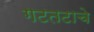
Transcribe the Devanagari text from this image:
गटतटाचे